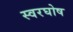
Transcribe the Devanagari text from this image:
स्वरघोष